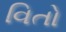
વિતો